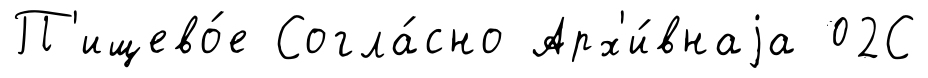
П'ищево́е Согла́сно Арх'и́внаjа 02С